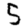
Digit: 5